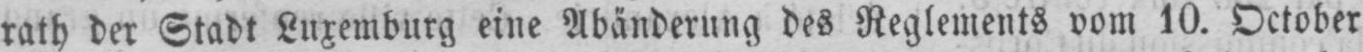
rath der Stadt Luxemburg eine Abänderung des Reglements vom 10. October